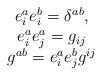
LaTeX: \begin{align*}\begin{array}{c}e_i^ae_i^b=\delta ^{ab}, \\ e_i^ae_j^a=g_{ij} \\ g^{ab}=e_i^ae_j^bg^{ij} \end{array}\end{align*}